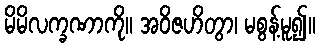
မိမိလက္ခဏာကို။ အဝိဇဟိတွာ၊ မစွန့်မူ၍။